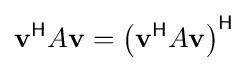
\mathbf {v} ^{\mathsf {H}}A\mathbf {v} =\left(\mathbf {v} ^{\mathsf {H}}A\mathbf {v} \right)^{\mathsf {H}}